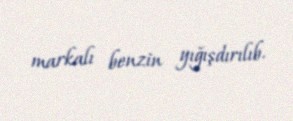
markalı benzin yığışdırılıb.